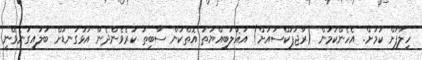
ހިލާފަށް ކަމަށް. އެހެންކަމުން (ރާޖަޕަކްސައަށް) އަޣުލަބިއްޔަތު އޮތްކަން ސާބިތު ކުރެވެންދެން އަޅުގަނޑަށް ބަލައިގަނެވޭނީ